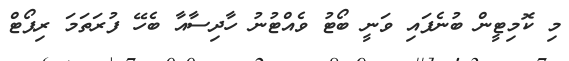
މި ކޮމިޓީން ބުނެފައި ވަނީ ބޯޓު ވެއްޓުނު ހާދިސާއާ ބެހޭ ފުރަތަމަ ރިޕޯޓް